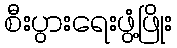
စီးပွားရေးဖွံ့ဖြိုး